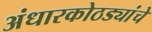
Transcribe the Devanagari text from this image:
अंधारकोठड्यांचे